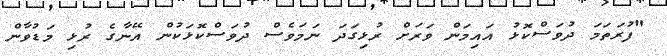
"ފުރަތަމަ ދުވަސްކޮޅު އައިމަން ވަރަށް ރުޅިގަދަ ނަމަވެސް ދުވަސްކޮޅަކުން އޭނާގެ ރުޅި މަޑުވާން